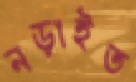
নড়াইত